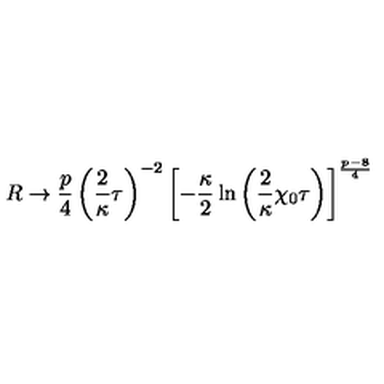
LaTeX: R \rightarrow \frac { p } { 4 } \left( \frac { 2 } { \kappa } \tau \right) ^ { - 2 } \left[ - \frac { \kappa } { 2 } \ln \left( \frac { 2 } { \kappa } \chi _ { 0 } \tau \right) \right] ^ { \frac { p - 8 } { 4 } }